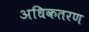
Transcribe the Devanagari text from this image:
अधिकतरण